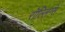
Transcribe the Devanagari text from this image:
रोल्लिंग्स